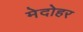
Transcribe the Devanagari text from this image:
मेदोहर